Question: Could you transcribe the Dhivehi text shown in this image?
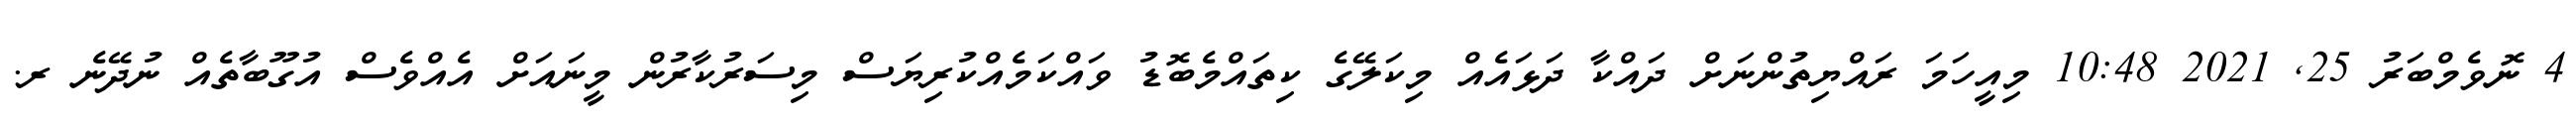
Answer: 4 ނޮވެމްބަރު 25, 2021 10:48 މިއީހަމަ ރައްޔިތުންނަށް ދައްކާ ދަޅައެއް މިކަލޭގެ ކިތައްމެބޮޑު ވައްކަމެއްކުރިޔަސް މިސަރުކާރުން މީނައަށް އެއްވެސް އުގޫބާތެއް ނުދޭނެ ރ.